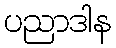
ပညာဒါန